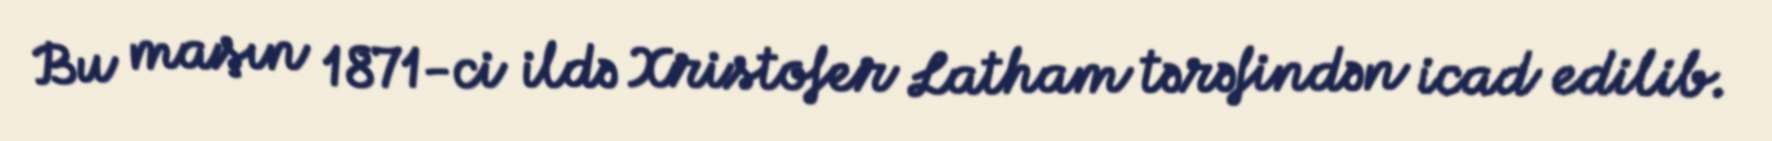
Bu maşın 1871-ci ildə Xristofer Latham tərəfindən icad edilib.